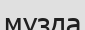
мұзда